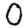
Digit: 0